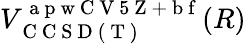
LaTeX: V_{\mathrm{~C~C~S~D~(~T~)~}}^{\mathrm{~a~p~w~C~V~5~Z~+~b~f~}}(R)